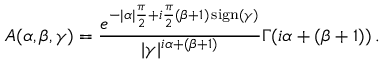
A ( \alpha , \beta , \gamma ) = \frac { e ^ { - | \alpha | \frac { \pi } { 2 } + i \frac { \pi } { 2 } ( \beta + 1 ) \operatorname { s i g n } ( \gamma ) } } { | \gamma | ^ { i \alpha + ( \beta + 1 ) } } \Gamma ( i \alpha + ( \beta + 1 ) ) \, .